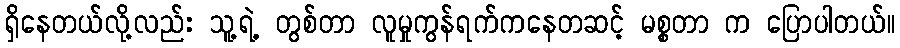
ရှိနေတယ်လို့လည်း သူ့ရဲ့ တွစ်တာ လူမှုကွန်ရက်ကနေတဆင့် မစ္စတာ က ပြောပါတယ်။